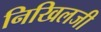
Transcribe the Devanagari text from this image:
निखिलजी